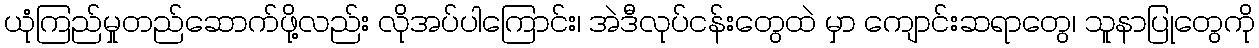
ယုံကြည်မှုတည်ဆောက်ဖို့လည်း လိုအပ်ပါကြောင်း၊ အဲဒီလုပ်ငန်းတွေထဲ မှာ ကျောင်းဆရာတွေ၊ သူနာပြုတွေကို